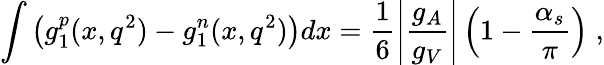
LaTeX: \int\left({{g_{1}^{p}}(x,q^{2})-g_{1}^{n}(x,q^{2})}\right)dx=\frac{1}{6}\left|{\frac{g_{A}}{g_{V}}}\right|\left({1-\frac{\alpha_{s}}{\pi}}\right)\; ,